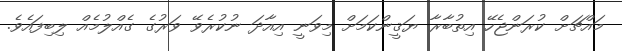
މައްޗަށް ކުރަންޖެހޭ އިތުބާރާ ޔަޤީންކަމަށް މިވަނީ އިއާދަ ނުކުރެވޭ ވަރުގެ ގެއްލުމެއް ލިބިފައެވެ.